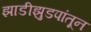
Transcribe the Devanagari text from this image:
झाडीझुडपांतून